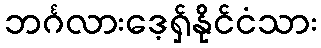
ဘင်္ဂလားဒေ့ရှ်နိုင်ငံသား